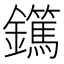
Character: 𨯹